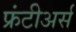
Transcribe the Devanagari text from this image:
फ्रंटीअर्स